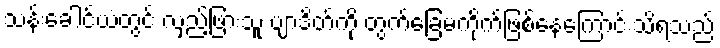
သန်းခေါင်ယံတွင် လှည့်ဖြားသူ ဗျာဒိတ်ကို တွက်ခြေမကိုက်ဖြစ်နေကြောင်းသိရသည်